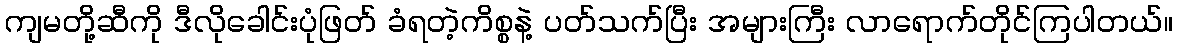
ကျမတို့ဆီကို ဒီလိုခေါင်းပုံဖြတ် ခံရတဲ့ကိစ္စနဲ့ ပတ်သက်ပြီး အများကြီး လာရောက်တိုင်ကြပါတယ်။